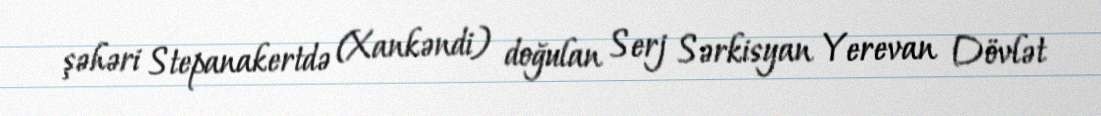
şəhəri Stepanakertdə (Xankəndi) doğulan Serj Sərkisyan Yerevan Dövlət